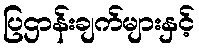
ပြဌာန်းချက်များနှင့်